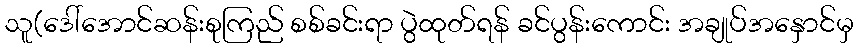
သူ(ဒေါ်အောင်ဆန်းစုကြည် စစ်ခင်းရာ ပွဲထုတ်ရန် ခင်ပွန်းကောင်း အချုပ်အနှောင်မှ